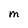
Character: M